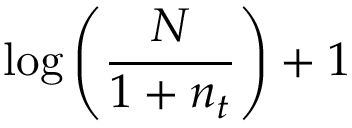
\log \left( { \frac { N } { 1 + n _ { t } } } \right) + 1